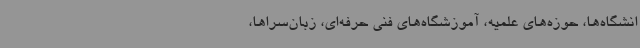
انشگاه‌ها، حوزه‌های علمیه، آموزشگاه‌های فنی حرفه‌ای، زبان‌سراها،